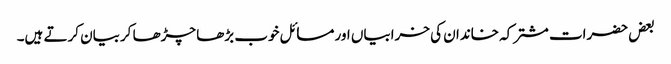
بعض حضرات مشترکہ خاندان کی خرابیاں اور مسائل خوب بڑھا چڑھا کربیان کرتے ہیں۔